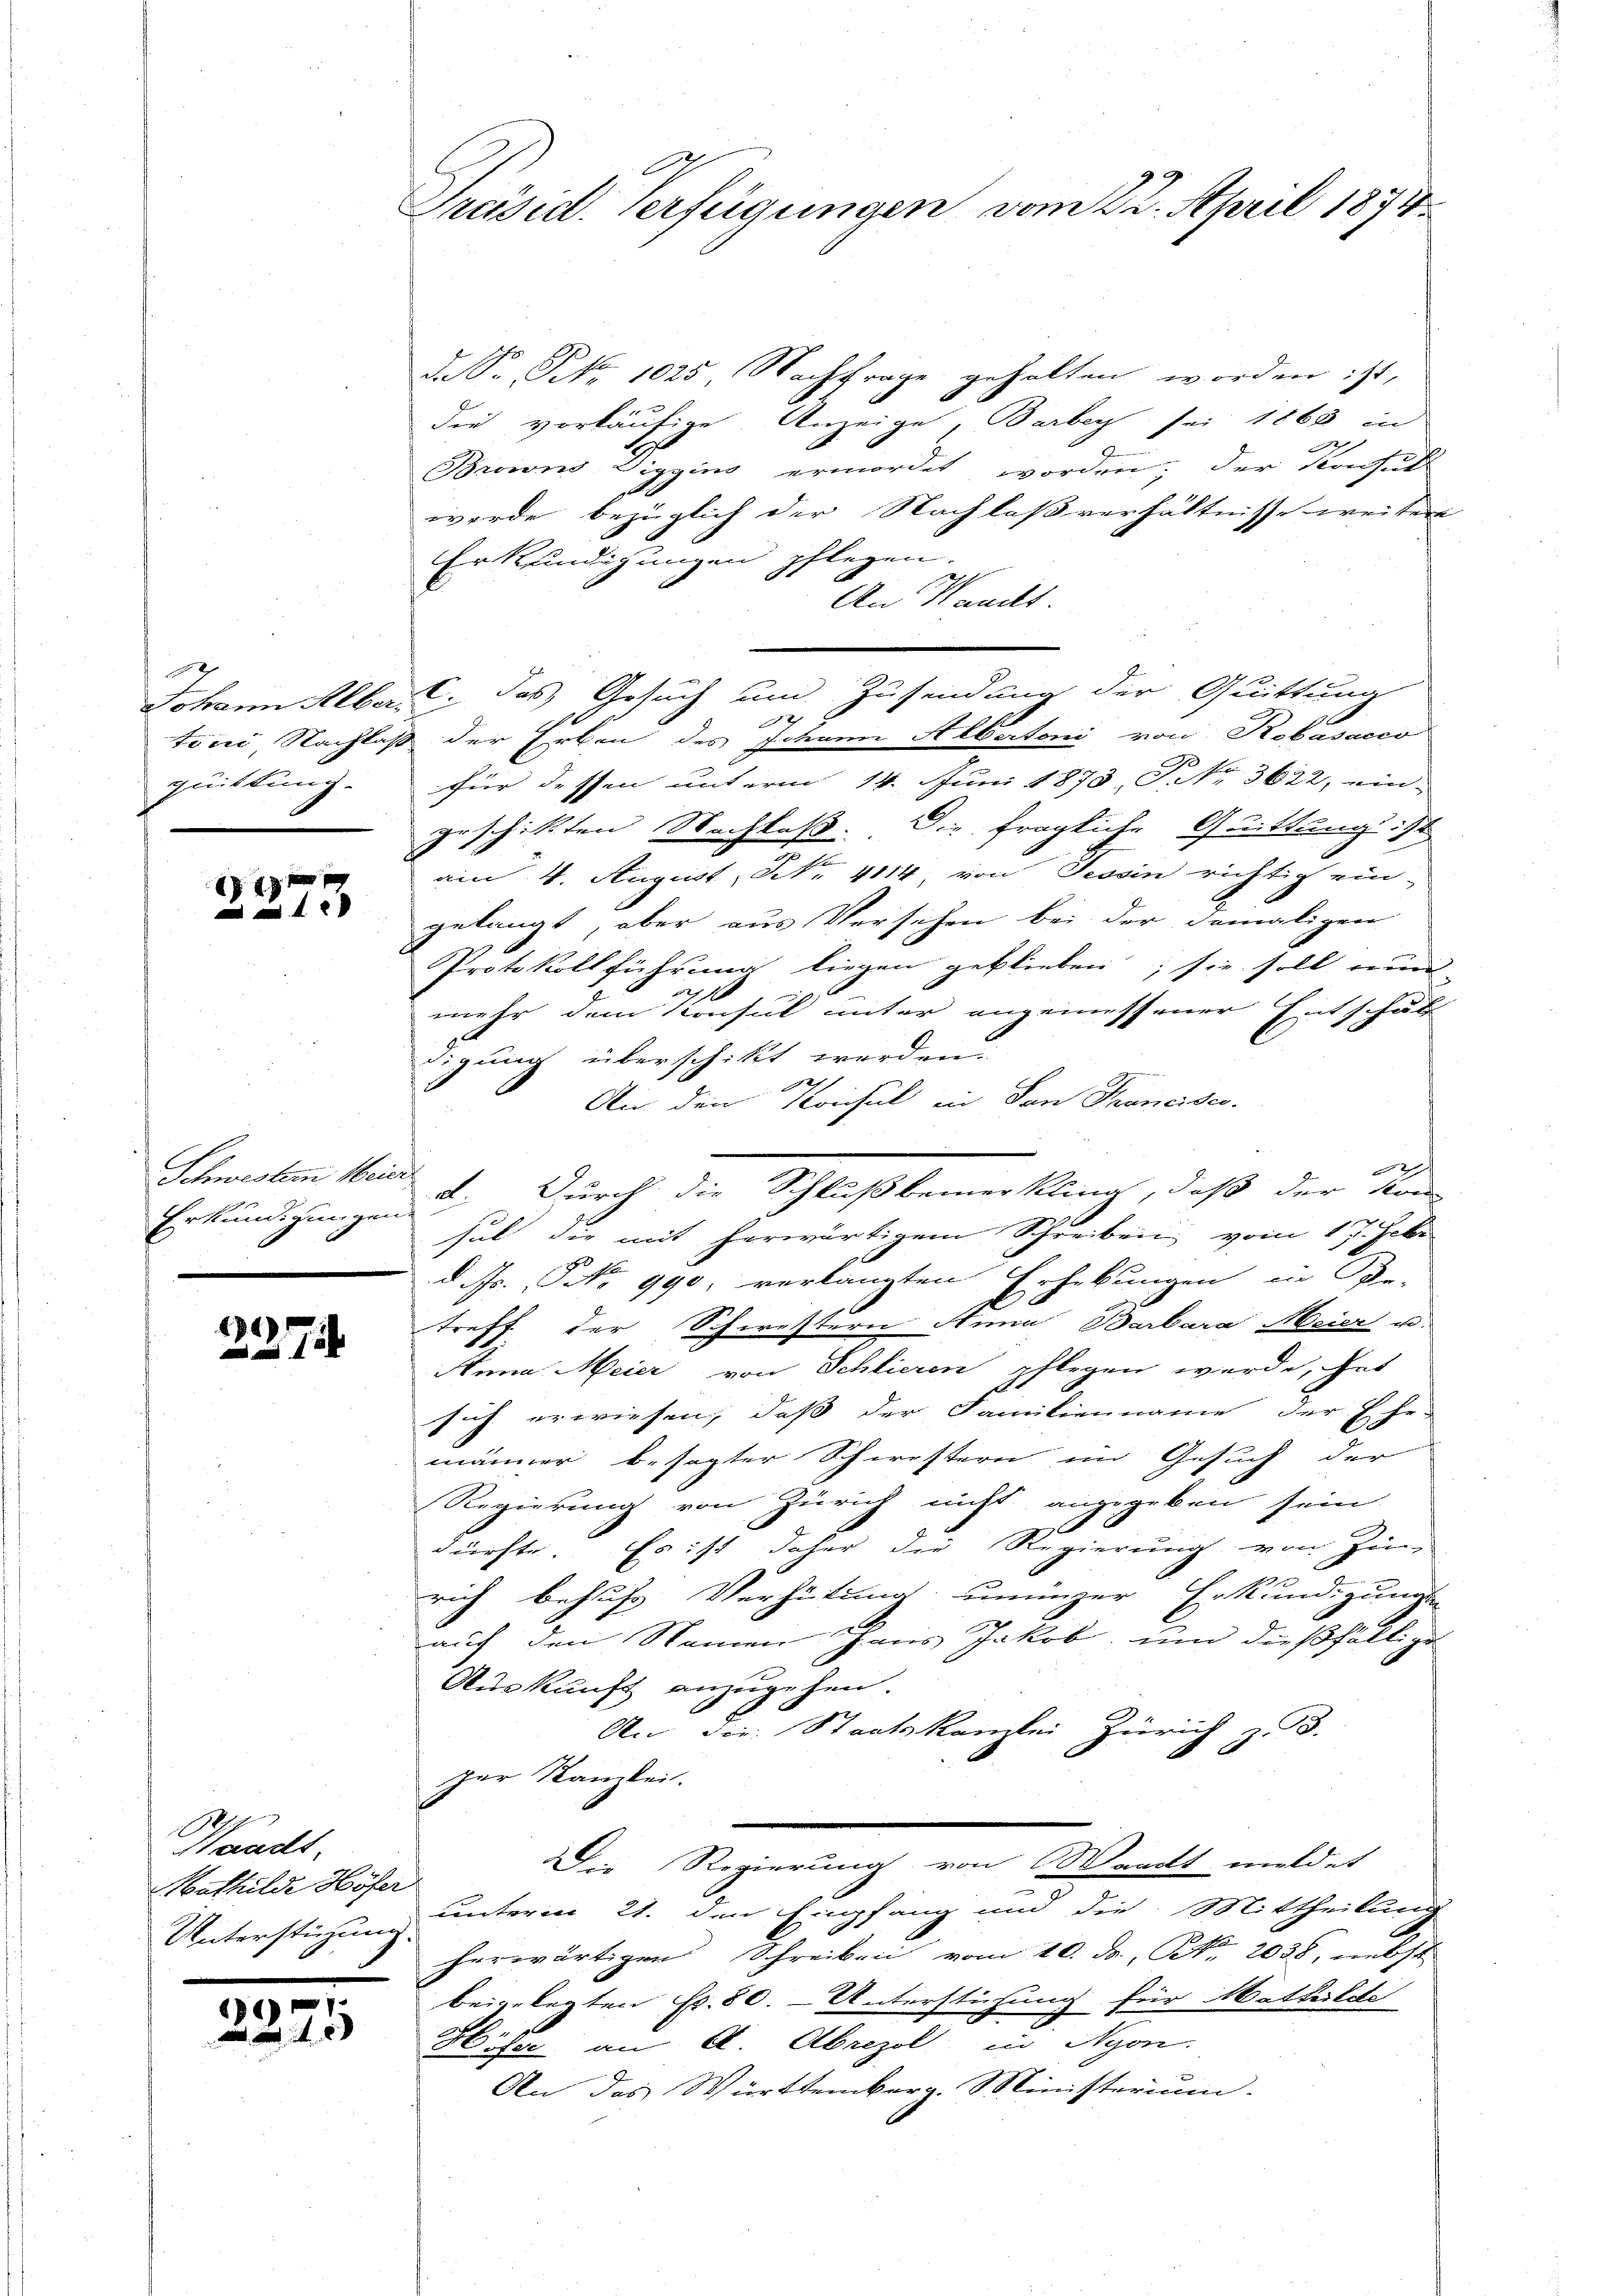
h
quittung.

18

de Sr. P. 1025. Nachfrage gehalten worden ist,
die vorläufige Anzeige, Barbey sei 1868 in
2
Broins Diggins ermordet worden; der Konse
werde bezüglich der Nachlaßverhältnisse weiter
Erkfindigungen pflegen.
An Wands
Johann Alber. C. das Gesuch und Zusendung der Quittung

toni, Nachlaß der Erben des Johann Albertoni von Robasacco
für dessen unterm 14. Juni 1873, P. Nr. 3622, ein-
geschikten Nachlaß. Die fragliche Quittung ist
am 4. August, No. 4114, von Tessin richtig ein-
gelangt, aber aus Versehen bei der damaligen
Protokollführung liegen geblieben; sie soll nun
1
mehr dem Konsul unter angemessener Entschäf
digung überschikt werden.
22
An den Konsul in den Francises.
2
sul die mit herwärtigem Schreiben vom 17. Febr
d. Js. No 990; verlangten Erhebungen in Pe-
d
treff der Schwestern Anna Barbara Meier u.
Anna Meier von Schlieren pflegen werde, hat
sich erwiesen, daß der Familienname der Ehe-
männer besagter Schwestern im Gesuch der
Regierung von Zürich nicht angegeben sein

dürfte. Es ist daher die Regierung von Zu-
rich behufs Verhütung unenzer Erkundigungen
auf den Seinen Jans Jakob, und dießfällige
Auskunft anzugehen.
An die Staatskanzlei Zürich
z. B.
zer Kanzlei.
Die Regierung von Waadt meldet
unterm 21. den Empfang und die Mittheilung
herwärtigen Schreiben vom 10. ds., Nr. 2038, nebst
beigelegten Fr. 80. - Unterstüzung für Mathilde
Hisa an A. Abrezel in Nyon.
An das Württemberg. Ministerium.

Schwestern Meiner
Erkundigungen

)
12

Waadt.
Mathilde Höfer
Unterstüzung.

e

Präsid. Verfügungen vom 22. April 1874.

d. Durch die Schlußbemerkling, daß der Kon¬